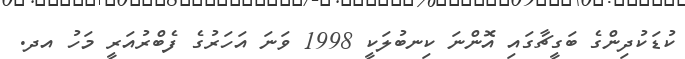
ކުޑަކުދިންގެ ބަގީޗާގައި އޮންނަ ކިނބުލަކީ 1998 ވަނަ އަހަރުގެ ފެބްރުއަރީ މަހު އދ.